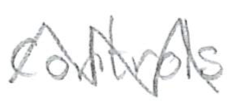
Text: controls
Cross-out: mix
Writing tool: pencil